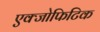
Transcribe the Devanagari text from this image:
एक्जोफिटिक